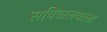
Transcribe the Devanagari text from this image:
सचिवालयाला